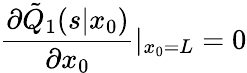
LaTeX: \frac{\partial\tilde{Q}_{1}(s|x_{0})}{\partial x_{0}}|_{x_{0}=L}=0